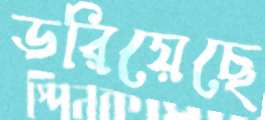
ডরিয়েছে